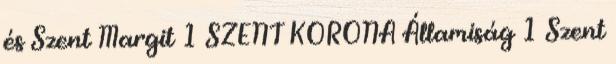
és Szent Margit 1 SZENT KORONA Államiság 1 Szent